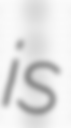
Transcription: is